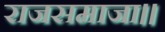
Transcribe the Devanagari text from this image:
राजसमाजा।।